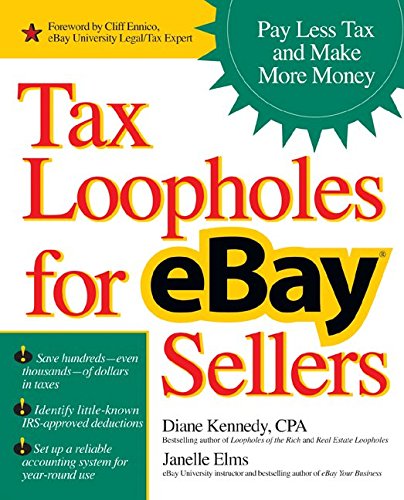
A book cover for Tax Loopholes for eBay Sellers: Pay Less Tax and Make More Money; Diane Kennedy; Computers & Technology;